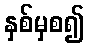
နှစ်မှစ၍